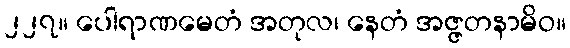
၂၂၇။ ပေါရာဏမေတံ အတုလ၊ နေတံ အဇ္ဇတနာမိဝ။